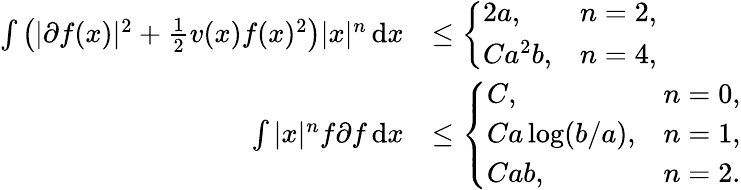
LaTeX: \begin{array}{rl}{\int\left(|\partial f(x)|^{2}+\frac{1}{2}v(x)f(x)^{2}\right)|x|^{n}\, \textnormal{d}x}&{\leq\left\{ \begin{array}{ll}{2a,}&{n=2,}\\ {Ca^{2}b,}&{n=4,}\end{array}\right.}\\ {\int|x|^{n}f\partial f\, \textnormal{d}x}&{\leq\left\{ \begin{array}{ll}{C,}&{n=0,}\\ {Ca\log(b/a),}&{n=1,}\\ {Cab,}&{n=2.}\end{array}\right.}\end{array}